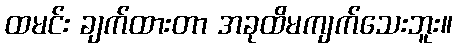
ထမင်း ချက်ထားတာ အခုထိမကျက်သေးဘူး။